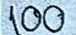
100